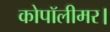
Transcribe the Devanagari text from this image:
कोपॉलीमर।